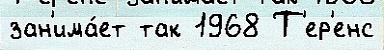
зан'има́ет так 1968 Т'ер'енс